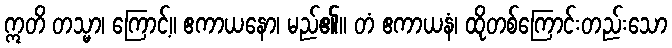
ဣတိ တသ္မာ၊ ကြောင့်။ ဧကာယနော၊ မည်၏။ တံ ဧကာယနံ၊ ထိုတစ်ကြောင်းတည်းသော